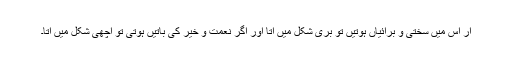
ار اس میں سختی و برائیاں ہوتیں تو بری شکل میں آتا اور اگر نعمت و خیر کی باتیں ہوتی تو اچھی شکل میں آتا۔